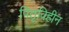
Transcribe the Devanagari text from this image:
पितृविहीन